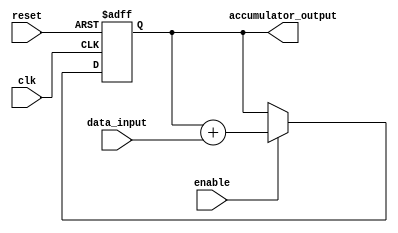
module accumulator(
    input wire clk,
    input wire reset,
    input wire enable,
    input wire [7:0] data_input,
    output reg [15:0] accumulator_output
);

reg [15:0] accumulator;

always @(posedge clk or posedge reset) begin
    if (reset)
        accumulator <= 0;
    else if (enable)
        accumulator <= accumulator + data_input;
end

assign accumulator_output = accumulator;

endmodule